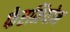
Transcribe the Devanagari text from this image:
फेरमियोन